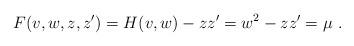
LaTeX: \begin{align*}F(v,w,z,z')=H(v,w)-zz'=w^2-zz'=\mu~.\end{align*}